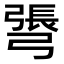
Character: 𢐓